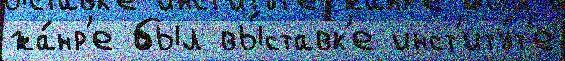
жа́нр'е был вы́ставк'е инст'иту́т'е